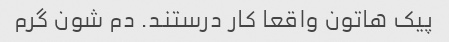
پیک هاتون واقعا کار درستند. دم شون گرم